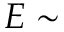
E \sim